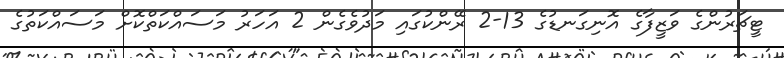
ޓީޗަރުންގެ ވަޒީފާގެ އޮނިގަނޑުގެ 13-2 ރޭންކުގައި މަދުވެގެން 2 އަހަރު މަސައްކަތްކޮށް މަސައްކަތުގެ